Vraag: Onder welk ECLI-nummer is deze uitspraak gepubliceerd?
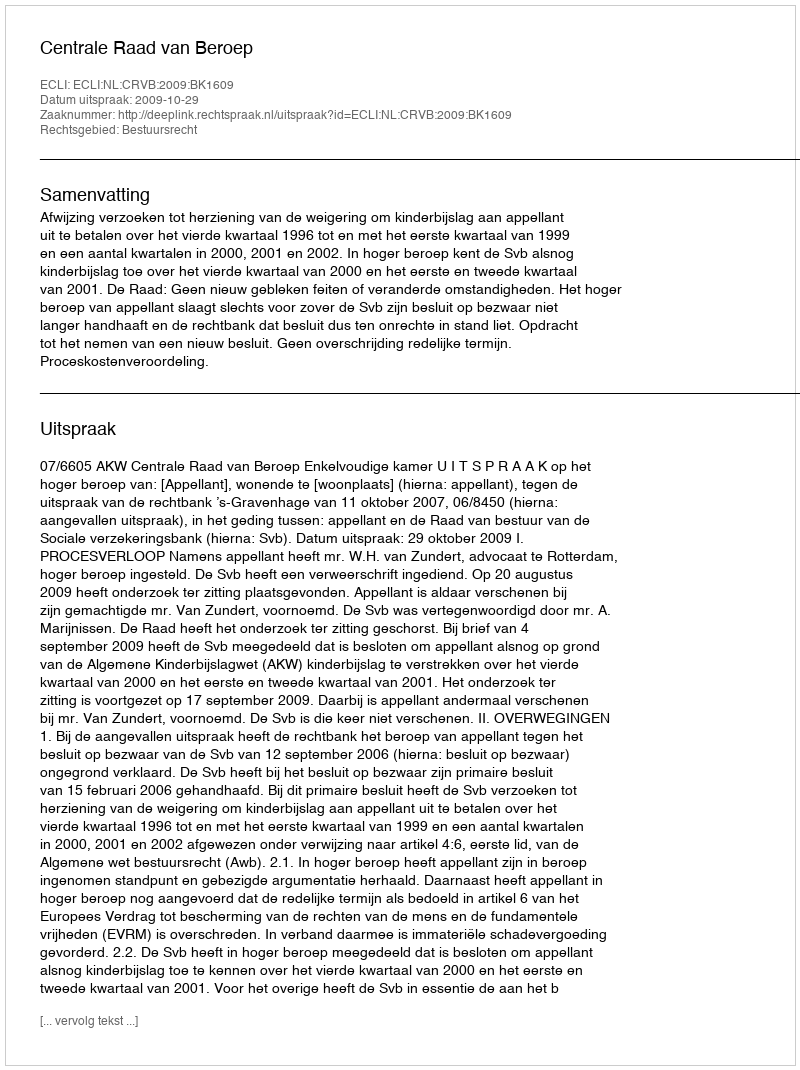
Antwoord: ECLI:NL:CRVB:2009:BK1609